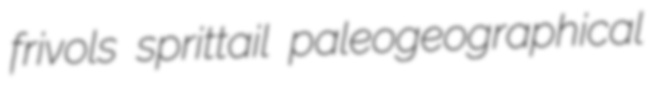
frivols sprittail paleogeographical